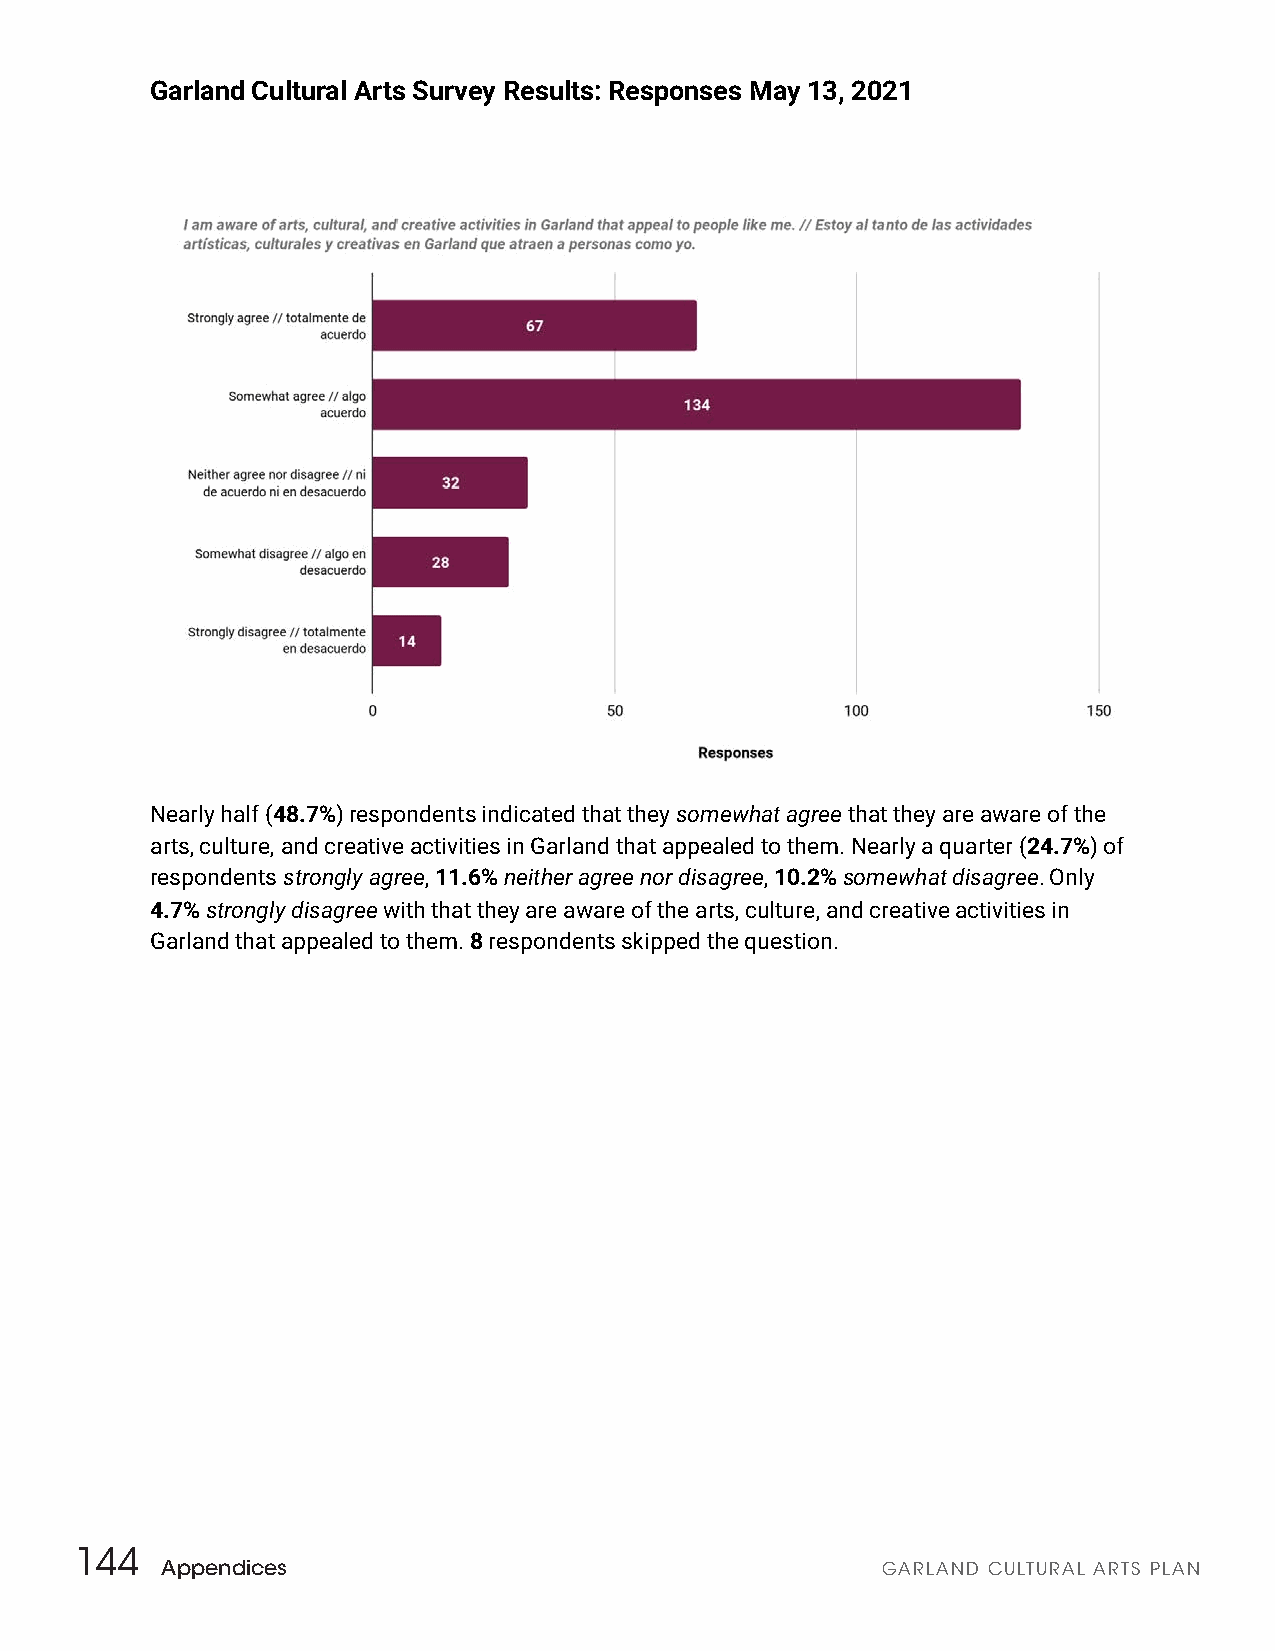
Garland Cultural Arts Survey Results: Responses May 13, 2021
 Nearly half ( 48.7% ) respondents indicated that they somewhat agree t hat t hey are aware of the
 arts, culture, and creative activities in Garland that appealed to them. Nearly a quarter (2 4.7% ) of
 respondents s trongly agree , 11.6% neither agree nor disagree, 10.2% somewhat disagree. Only
 4.7% s trongly disagree w ith that t hey are aware of the arts, culture, and creative activities in
 Garland that appealed to them. 8 respondents skipped the question.
 144
 Appendices                                     GARLAND CULTURAL ARTS PLAN